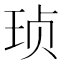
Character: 𱮺